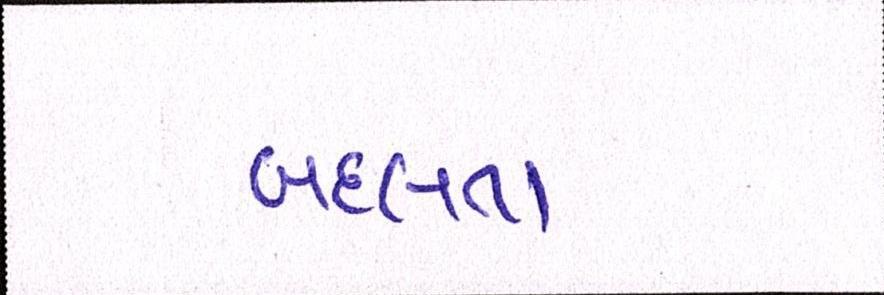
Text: બદલતા